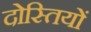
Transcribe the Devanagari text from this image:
दोस्तियों